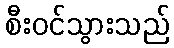
စီးဝင်သွားသည်